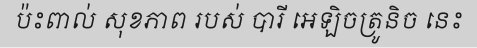
ប៉ះពាល់ សុខភាព របស់ បារី អេឡិចត្រូនិច នេះ